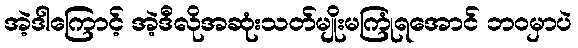
အဲ့ဒါကြောင့် အဲ့ဒီလိုအဆုံးသတ်မျိုးမကြုံရအောင် ဘဝမှာပဲ